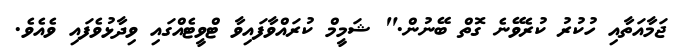
ޖަމާއަތާއި ހުކުރު ކުރެވޭނެ ގޮތް ބޭނުން." ޝަމީމް ކުރައްވާފައިވާ ޓްވީޓެއްގައި ވިދާޅުވެފައި ވެއެވެ.